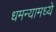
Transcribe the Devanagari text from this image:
धमन्यामध्ये